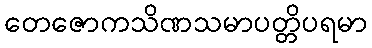
တေဇောကသိဏသမာပတ္တိပရမာ